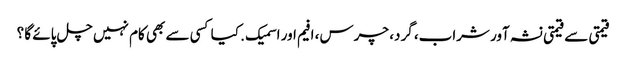
قیمتی سے قیمتی نشہ آور شراب، گرد، چرس، افیم اور اسمیک . کیا کسی سے بھی کام نہیں چل پائے گا ؟